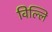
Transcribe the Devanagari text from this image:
विल्लिं